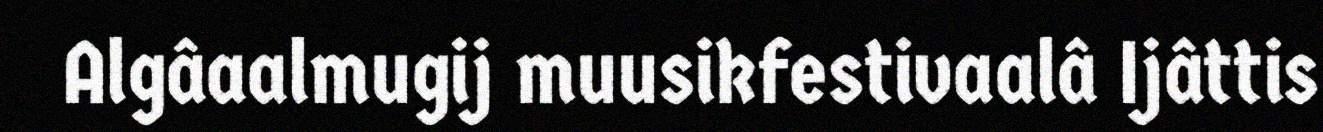
Algâaalmugij muusikfestivaalâ Ijâttis